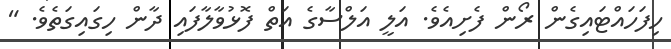
ހިފަހައްޓައިގެން ރޯން ފެށިއެވެ. އަލީ އަލްސާގެ އަތް ފޮޅުވާލާފައި ދާން ހިގައިގަތެވެ. "